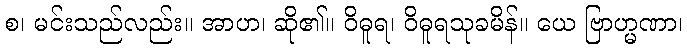
စ၊ မင်းသည်လည်း။ အာဟ၊ ဆို၏။ ဝိဓူရ၊ ဝိဓူရသုခမိန်။ ယေ ဗြာဟ္မဏာ၊